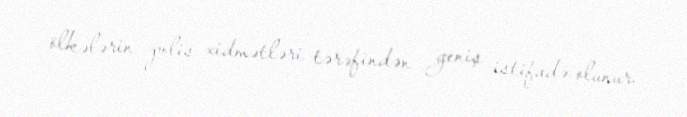
ölkələrin polis xidmətləri tərəfindən geniş istifadə olunur.